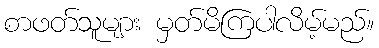
စာဖတ်သူများ မှတ်မိကြပါလိမ့်မည်။